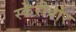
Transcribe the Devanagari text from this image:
स्केरीवोर